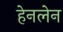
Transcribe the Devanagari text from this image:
हेनलेन